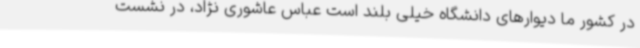
در کشور ما دیوارهای دانشگاه خیلی بلند است عباس عاشوری نژاد، در نشست